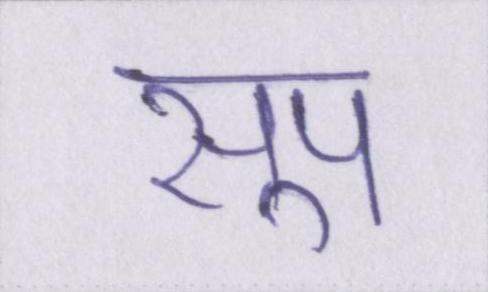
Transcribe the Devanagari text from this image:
सूप